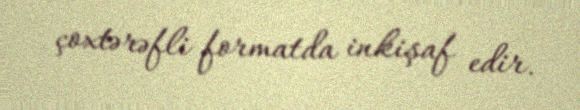
çoxtərəfli formatda inkişaf edir.